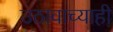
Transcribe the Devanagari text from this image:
उठावाच्याही